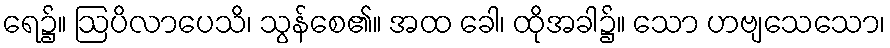
ရေ၌။ ဩပိလာပေသိ၊ သွန်စေ၏။ အထ ခေါ၊ ထိုအခါ၌။ သော ဟဗျသေသော၊